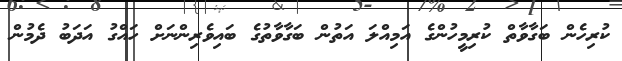
ކުރިހެން ބަގާވާތް ކުރިމީހުންގެ އަމިއްލަ އަތުން ބަގާވާތުގެ ބައިވެރިންނަށް ހައްގު އަދަބު ދެމުން